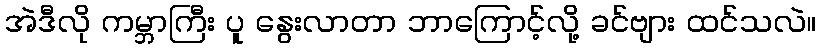
အဲဒီလို ကမ္ဘာကြီး ပူ နွေးလာတာ ဘာကြောင့်လို့ ခင်ဗျား ထင်သလဲ။